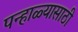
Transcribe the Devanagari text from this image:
पन्हाळ्यासाठी